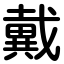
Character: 戴